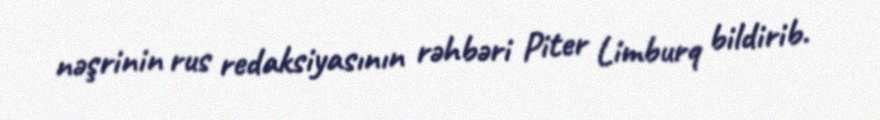
nəşrinin rus redaksiyasının rəhbəri Piter Limburq bildirib.